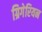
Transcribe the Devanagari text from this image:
ग्रिगेरियन